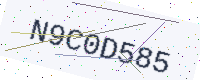
Text: N9C0D585